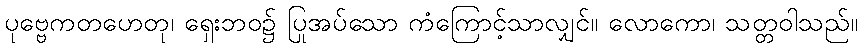
ပုဗ္ဗေကတဟေတု၊ ရှေးဘဝ၌ ပြုအပ်သော ကံကြောင့်သာလျှင်။ လောကော၊ သတ္တဝါသည်။